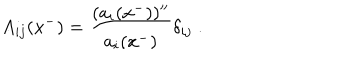
A _ { i j } ( x ^ { - } ) = \frac { ( a _ { i } ( x ^ { - } ) ) ^ { \prime \prime } } { a _ { i } ( x ^ { - } ) } \delta _ { i j } \; .